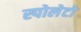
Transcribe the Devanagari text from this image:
स्पोलेटो